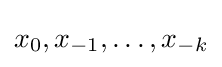
x_{0},x_{-1},\dots ,x_{-k}